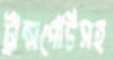
ট্রান্সপোর্টসহ